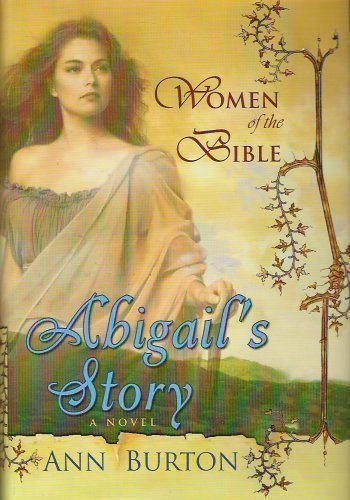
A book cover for Abigail's Story (Women of the Bible); Ann Burton; Christian Books & Bibles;